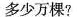
多少万棵?